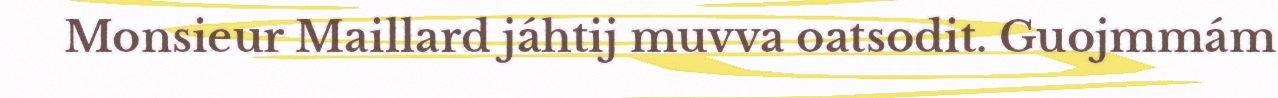
Monsieur Maillard jáhtij muvva oatsodit. Guojmmám